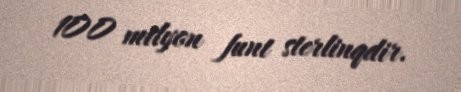
100 milyon funt sterlinqdir.